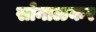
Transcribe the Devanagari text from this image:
सोनाळकर